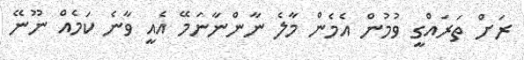
ރަށް ތަރައްގީ ވުމުން އެމެން މާލެ ނާންނާނަމޭ އެއީ ވާނެ ކަމެއް ނޫނޭ